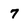
Character: 7